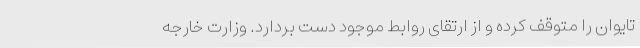
تایوان را متوقف کرده و از ارتقای روابط موجود دست بردارد. وزارت خارجه